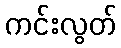
ကင်းလွတ်